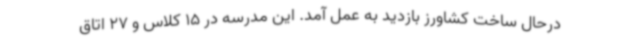
درحال ساخت کشاورز بازدید به عمل آمد. این مدرسه در 15 کلاس و 27 اتاق